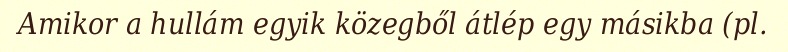
Amikor a hullám egyik közegből átlép egy másikba (pl.